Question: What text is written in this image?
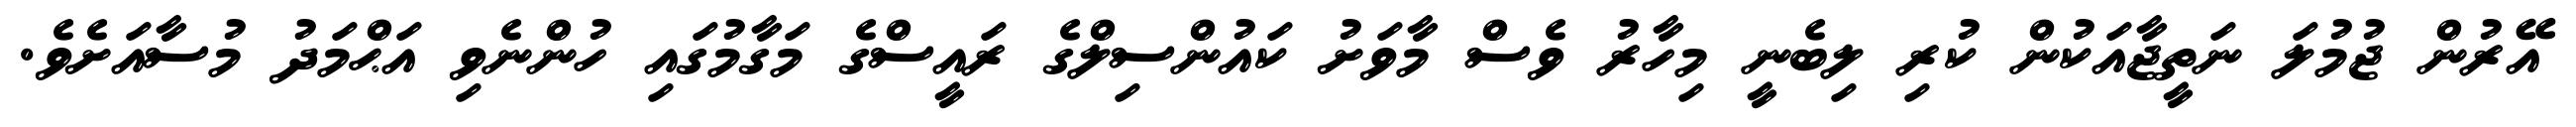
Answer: އޭރުން ޖުމުލަ ނަތީޖާއަކުން ކުރި ލިބެނީ މިހާރު ވެސް މާވަށު ކައުންސިލްގެ ރައީސްގެ މަގާމުގައި ހުންނެވި އަޙްމަދު މުސާއަށެވެ.